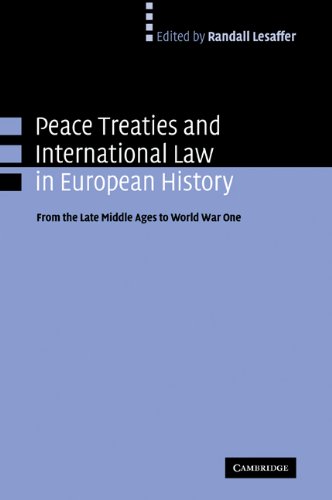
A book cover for Peace Treaties and International Law in European History: From the Late Middle Ages to World War One; Law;